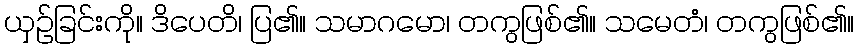
ယှဉ်ခြင်းကို။ ဒိပေတိ၊ ပြ၏။ သမာဂမော၊ တကွဖြစ်၏။ သမေတံ၊ တကွဖြစ်၏။